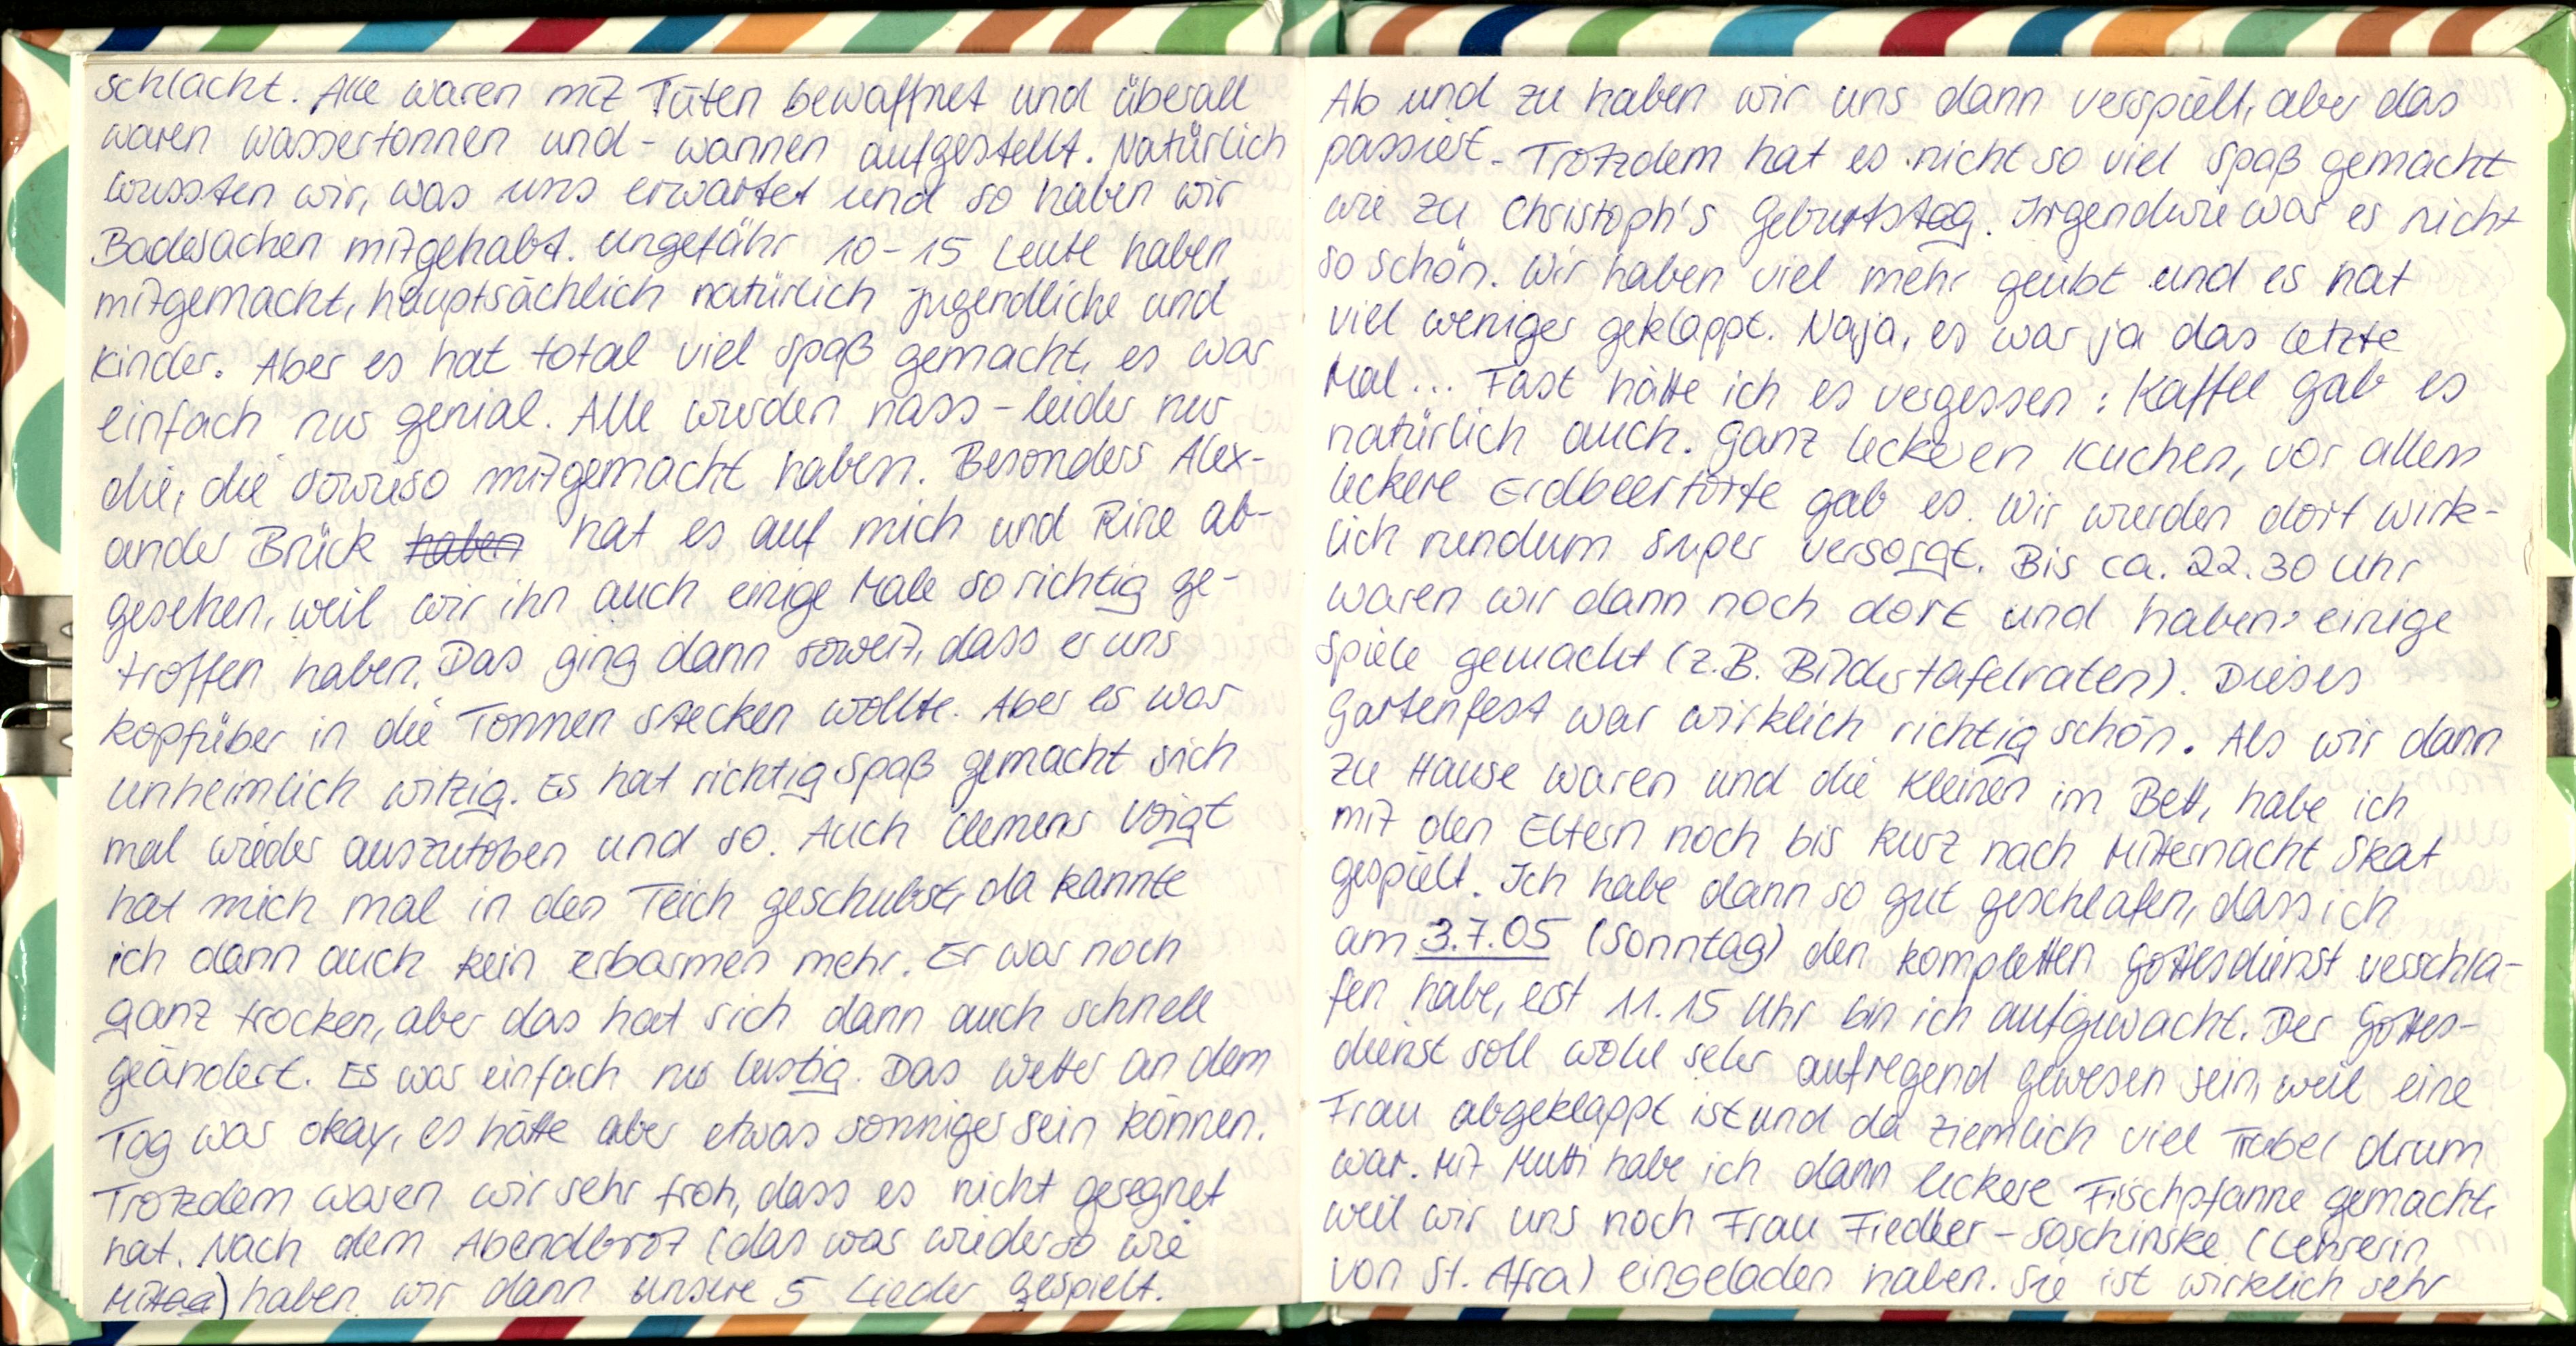
schlacht. Alle waren mit Tüten bewaffnet und überall
waren Wassertonnen und - wannen aufgestellt. Natürlich
wussten wir, was uns erwartet und so haben wir
Badesachen mitgehabt. Ungefähr 10-15 Leute haben
mitgemacht, hauptsächlich natürlich Jugendliche und
Kinder. Aber es hat total viel Spaß gemacht, es war
einfach nur genial. Alle wurden nass - leider nur
die, die sowieso mitgemacht haben. Besonders Alex-
ander Brück hat es auf mich und Rine ab-
gesehen, weil wir ihn auch einige Male so richtig ge-
troffen haben. Das ging dann soweit, dass er uns
kopfüber in die Tonmen Stecken wollte. Aber es war
unheimlich witzig. Es hat richtig Spaß gemacht sich
mal wieder auszutoben und so. Auch Clemens Voigt
hat mich mal in den Teich geschubst, da kannte
ich dann auch kein erbarmen mehr. Er war noch
ganz trocken, aber das hat sich dann auch schnell
geändert. Es war einfach nur lustig. Das Wetter an dem
Tag war okay, es hätte aber etwas sonniger sein können.
Trotzdem waren wir sehr froh, dass es nicht geregnet
hat. Nach dem Abendbrot (das war wieder so wie
Mittag) haben wir dann unsere 5 Lieder gespielt.

Ab und zu haben wir uns dann verspielt, aber das
passiert. Trotzdem hat es nicht so viel Spaß gemacht
wie zu Christoph's Geburtstag. Irgendwie war es nicht
so schön. Wir haben viel mehr geübt und es hat
viel weniger geklappt. Naja, es war ja das letzte
Mal... Fast hätte ich es vergessen: Kaffee gab es
natürlich auch. Ganz leckeren Kuchen, vor allem
leckere Erdbeertorte gab es. Wir wurden dort wirk-
lich rundum super versorgt. Bis ca. 22.30 Uhr
waren wir dann noch dort und haben einige
Spiele gemacht (z.B. Bildertafelraten) Dieses
Gartenfest war wirklich richtig schön. Als wir dann
zu Hause waren und die kleinen im Bett, habe ich
mit den Eltern noch bis kurz nach Mitternacht Skat
gespielt. Ich habe dann so gut geschlafen, dass ich
am 3.7.05 (Sonntag) den kompletten Gottesdienst verschla-
fen habe, erst 11.15 Uhr bin ich aufgewacht. Der Gottes-
dienst soll wohl sehr aufregend gewesen sein, weil eine
Frau abgeklappt ist und da ziemlich viel Trubel drum
war. Mit Mutti habe ich dann leckere Fischpfanne gemacht,
weil wir uns noch Frau Fiedler - Soschinske (Lehrerin
von St. Afra) eingeladen haben. Sie ist wirklich sehr